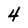
Character: 4